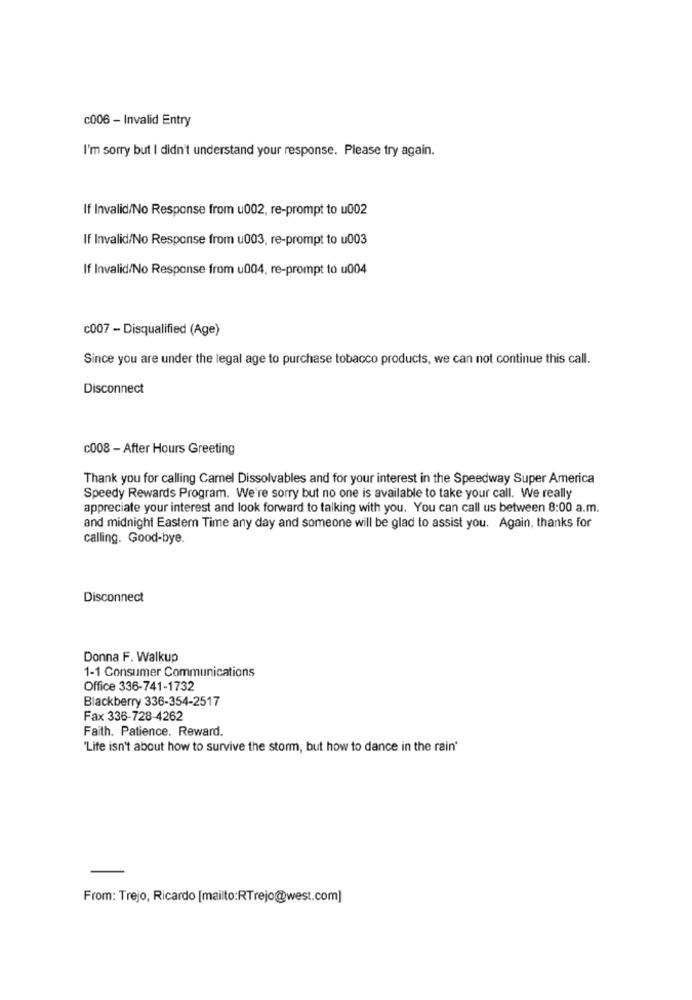
c006 - Invalid Entry
I'm sorry but I didn't understand your response. Please try again.
If Invalid/No Response from u002, re-prompt to u002
If Invalid/No Response from u003, re-prompt to u003
If Invalid/No Response from u004, re-prompt to u004
c007 - Disqualified (Age)
Since you are under the legal age to purchase tobacco products, we can not continue this call.
Disconnect
c008 - After Hours Greeting
Thank you for calling Camel Dissolvables and for your interest in the Speedway Super America
Speedy Rewards Program. We're sorry but no one is available to take your call. We really
appreciate your interest and look forward to talking with you. You can call us between 8:00 a.m.
and midnight Eastern Time any day and someone will be glad to assist you. Again, thanks for
calling. Good-bye.
Disconnect
Donna F. Walkup
1-1 Consumer Communications
Office 336-741-1732
Blackberry 336-354-2517
Fax 336-728-4262
Faith. Patience. Reward.
'Life isn't about how to survive the storm, but how to dance in the rain'
From: Trejo, Ricardo [mailto:RTrejo@west.com]